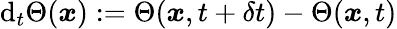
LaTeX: \mathrm{d}_{t}\Theta(\boldsymbol{x}):=\Theta(\boldsymbol{x},t+\delta t)-\Theta(\boldsymbol{x},t)